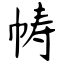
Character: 帱